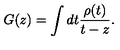
G ( z ) = \int d t \frac { \rho ( t ) } { t - z } .